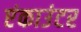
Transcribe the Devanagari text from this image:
एंकाउंटर